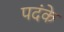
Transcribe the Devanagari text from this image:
पदंके